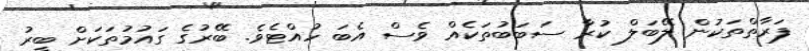
ފަރާތްތަކުން ލޭބަލް ކުރާ ސަބަބުތަކެއް ވެސް އެބަ ހުއްޓެވެ. ބޭރުގެ ގައުމުތަކަށް ބީރު